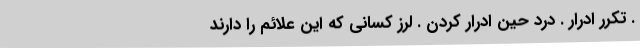
. تکرر ادرار . درد حین ادرار کردن . لرز کسانی که این علائم را دارند